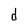
Character: d